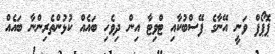
ޕޮޕޯފް ވަނީ އޭނާގެ ފޭސްބުކާއި ޓްވިޓާ އިން ދިވެހި ބައެއް ކުޅުންތެރިންނާ ބައެއް